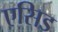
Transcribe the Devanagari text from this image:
एसिड